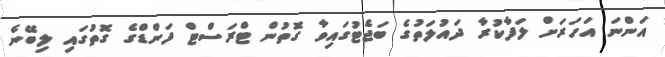
އަންނަ އަހަރަށް ލަފާކުރާ ދައުލަތުގެ ބަޖެޓުގައިވާ ގޮތުން ޓްރަސްޓް ފަންޑްގެ ގޮތުގައި ލިބޭނެ